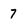
Character: 7